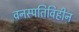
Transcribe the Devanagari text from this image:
वनस्पतिविहीन